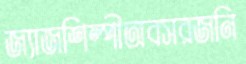
জ্যাজশিল্পীঅবসরজনি